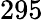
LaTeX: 295